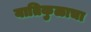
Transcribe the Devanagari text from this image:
यातिकुळाचा